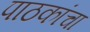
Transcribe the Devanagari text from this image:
पाठकांचा